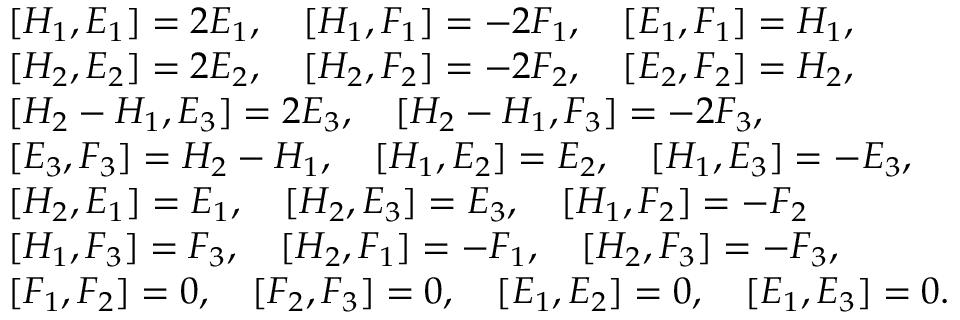
\begin{array} { r l } & { [ H _ { 1 } , E _ { 1 } ] = 2 E _ { 1 } , \quad [ H _ { 1 } , F _ { 1 } ] = - 2 F _ { 1 } , \quad [ E _ { 1 } , F _ { 1 } ] = H _ { 1 } , } \\ & { [ H _ { 2 } , E _ { 2 } ] = 2 E _ { 2 } , \quad [ H _ { 2 } , F _ { 2 } ] = - 2 F _ { 2 } , \quad [ E _ { 2 } , F _ { 2 } ] = H _ { 2 } , } \\ & { [ H _ { 2 } - H _ { 1 } , E _ { 3 } ] = 2 E _ { 3 } , \quad [ H _ { 2 } - H _ { 1 } , F _ { 3 } ] = - 2 F _ { 3 } , } \\ & { [ E _ { 3 } , F _ { 3 } ] = H _ { 2 } - H _ { 1 } , \quad [ H _ { 1 } , E _ { 2 } ] = E _ { 2 } , \quad [ H _ { 1 } , E _ { 3 } ] = - E _ { 3 } , } \\ & { [ H _ { 2 } , E _ { 1 } ] = E _ { 1 } , \quad [ H _ { 2 } , E _ { 3 } ] = E _ { 3 } , \quad [ H _ { 1 } , F _ { 2 } ] = - F _ { 2 } } \\ & { [ H _ { 1 } , F _ { 3 } ] = F _ { 3 } , \quad [ H _ { 2 } , F _ { 1 } ] = - F _ { 1 } , \quad [ H _ { 2 } , F _ { 3 } ] = - F _ { 3 } , } \\ & { [ F _ { 1 } , F _ { 2 } ] = 0 , \quad [ F _ { 2 } , F _ { 3 } ] = 0 , \quad [ E _ { 1 } , E _ { 2 } ] = 0 , \quad [ E _ { 1 } , E _ { 3 } ] = 0 . } \end{array}